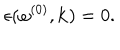
LaTeX: \epsilon ( \omega ^ { ( 0 ) } , { \bf k } ) = 0 .